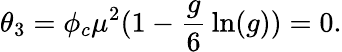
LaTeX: \theta_{3}=\phi_{c}\mu^{2}(1-{\frac{g}{6}}\ln(g))=0.